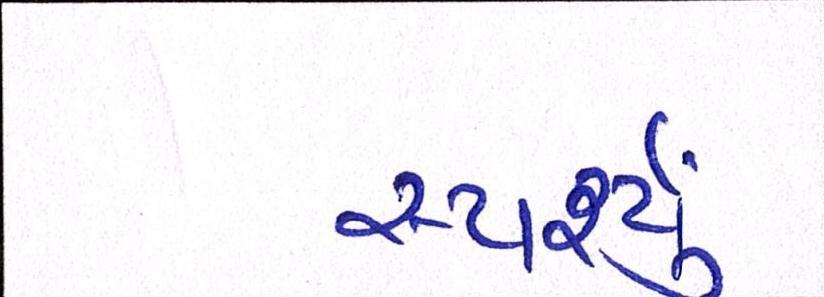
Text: સ્પર્શ્યું